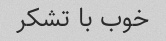
خوب با تشکر